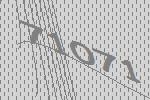
71071